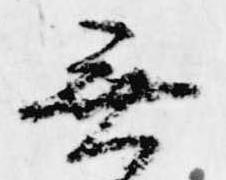
無